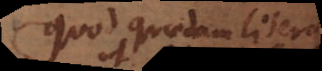
quod quaedam literae